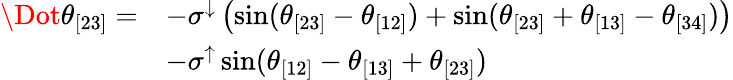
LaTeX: \begin{array}{rl}{\Dot{\theta}_{[23]}=}&{-\sigma^{\downarrow}\left(\sin(\theta_{[23]}-\theta_{[12]})+\sin(\theta_{[23]}+\theta_{[13]}-\theta_{[34]})\right)}\\ &{-\sigma^{\uparrow}\sin(\theta_{[12]}-\theta_{[13]}+\theta_{[23]})}\end{array}